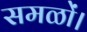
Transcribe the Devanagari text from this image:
समळों।